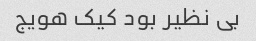
بی نظیر بود کیک هویج